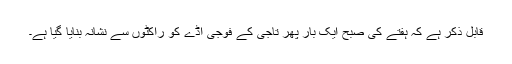
قابل ذکر ہے کہ ہفتے کی صبح ایک بار پھر تاجی کے فوجی اڈے کو راکٹوں سے نشانہ بنایا گیا ہے۔